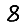
Digit: 8